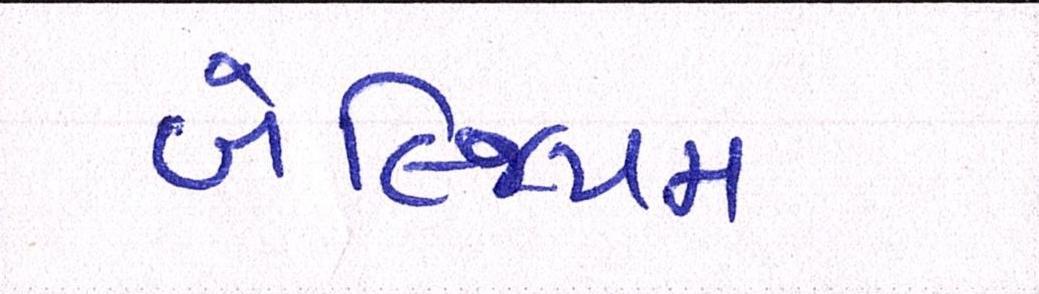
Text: બેલ્જિયમ